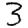
Digit: 3